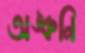
অঙ্কনি